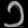
Digit: ၁